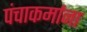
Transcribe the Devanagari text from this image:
पंचाकर्माना